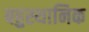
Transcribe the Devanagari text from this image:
बहुस्थानिक